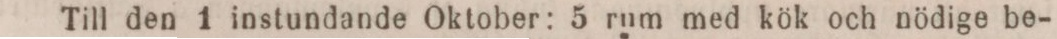
Till den 1 instundande Oktober: 5 rum med kök och nödige be-